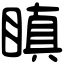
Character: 瞋